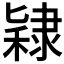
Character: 𫕙